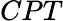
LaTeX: CPT